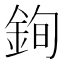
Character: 銁